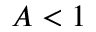
A < 1